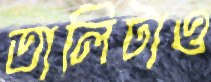
তালিটাও